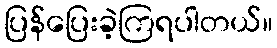
ပြန်ပြေးခဲ့ကြရပါတယ်။